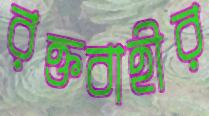
রক্তবাহীর